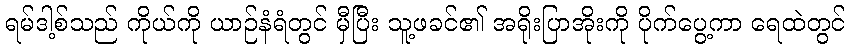
ရမ်ဒါ့စ်သည် ကိုယ်ကို ယာဉ်နံရံတွင် မှီပြီး သူ့ဖခင်၏ အရိုးပြာအိုးကို ပိုက်ပွေ့ကာ ရေထဲတွင်